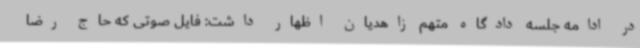
در ادامه جلسه دادگاه متهم زاهدیان اظهار داشت: فایل صوتی که حاج رضا